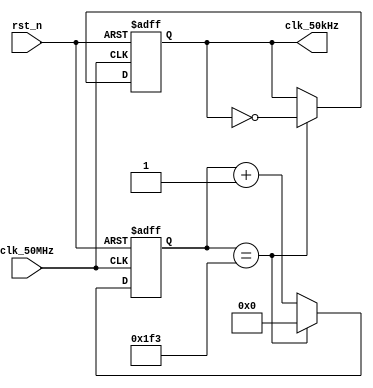
module clock_divider (
    input wire clk_50MHz,
	 input wire		rst_n,
    output reg clk_50kHz
);

// 100010
reg [9:0] counter;

always @(posedge clk_50MHz or negedge rst_n) begin
if(!rst_n)begin
counter<=0;
clk_50kHz<=0;
end
else begin
    counter <= counter + 1'b1;
    if (counter == 500 - 1) begin
        counter <= 0;
        clk_50kHz <= ~clk_50kHz;
    end
end
end
endmodule